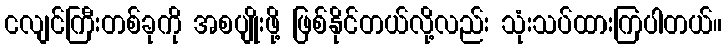
ငလျင်ကြီးတစ်ခုကို အစပျိုးဖို့ ဖြစ်နိုင်တယ်လို့လည်း သုံးသပ်ထားကြပါတယ်။